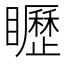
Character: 𥌮